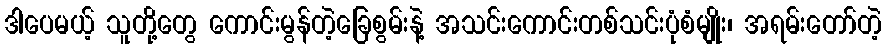
ဒါပေမယ့် သူတို့တွေ ကောင်းမွန်တဲ့ခြေစွမ်းနဲ့ အသင်းကောင်းတစ်သင်းပုံစံမျိုး၊ အရမ်းတော်တဲ့